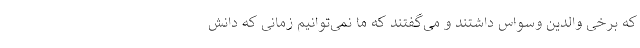
که برخی والدین وسواس داشتند و می‌گفتند که ما نمی‌توانیم زمانی که دانش